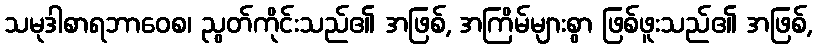
သမုဒါစာရဘာဝေစ၊ ညွတ်ကိုင်းသည်၏ အဖြစ်, အကြိမ်များစွာ ဖြစ်ဖူးသည်၏ အဖြစ်,